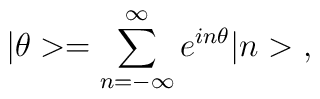
|\theta>=\sum_{n=-\infty}^{\infty}e^{in\theta}|n>\; ,